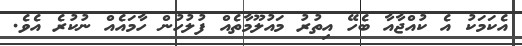
އެކަމަކު އެ ކުއްޖާއާ ބެހޭ އިތުރު މައުލޫމާތެއް ފުލުހުން ހާމައެއް ނުކުރެ އެވެ.